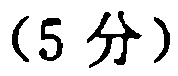
（5 分）